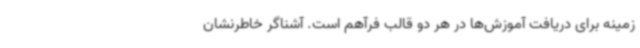
زمینه برای دریافت آموزش‌ها در هر دو قالب فرآهم است. آشناگر خاطرنشان